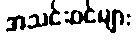
အသင်းဝင်များ